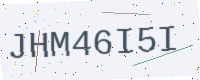
Text: JHM46I5I